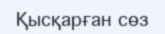
Қысқарған сөз